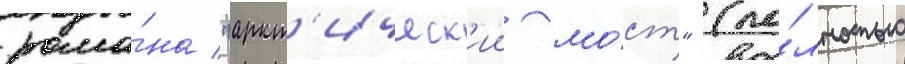
рома́на "аркт'ическ'ии мо́ст" (по́лностью